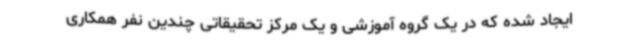
ایجاد شده که در یک گروه آموزشی و یک مرکز تحقیقاتی چندین نفر همکاری